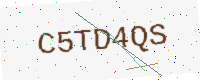
Text: C5TD4QS